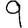
Digit: 9